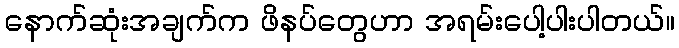
နောက်ဆုံးအချက်က ဖိနပ်တွေဟာ အရမ်းပေါ့ပါးပါတယ်။